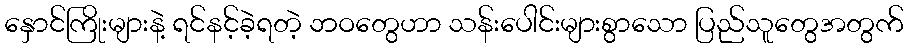
နှောင်ကြိုးများနဲ့ ရင်နင့်ခဲ့ရတဲ့ ဘဝတွေဟာ သန်းပေါင်းများစွာသော ပြည်သူတွေအတွက်